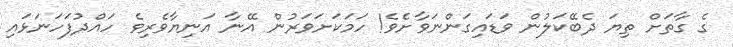
ގެ ގާތަށް ތިޔަ ދެބޭކަލުން ވަޑައިގަންނަވާށެވެ! ހަމަކަށަވަރުން އޭނާ އަނިޔާވެރިވެ ހައްދުފަހަނަޅައި